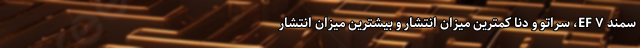
سمند EF ۷، سراتو و دنا کمترین میزان انتشار و بیشترین میزان انتشار